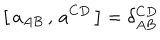
LaTeX: \big [ \, a _ { A B } \, , \, a ^ { C D } \, \big ] = \delta _ { A B } ^ { C D }